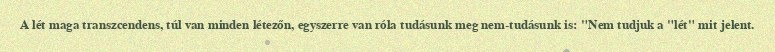
A lét maga transzcendens, túl van minden létezőn, egyszerre van róla tudásunk meg nem-tudásunk is: "Nem tudjuk a "lét" mit jelent.